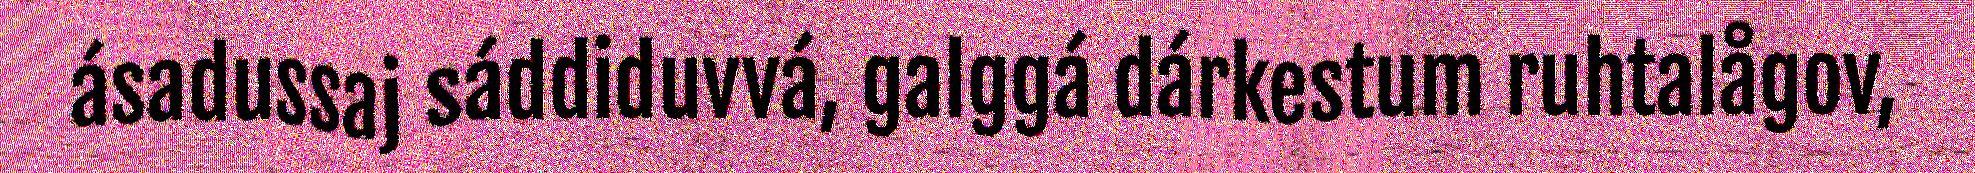
ásadussaj sáddiduvvá, galggá dárkestum ruhtalågov,